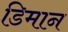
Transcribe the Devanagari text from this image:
डिमान